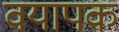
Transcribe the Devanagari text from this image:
वयापक